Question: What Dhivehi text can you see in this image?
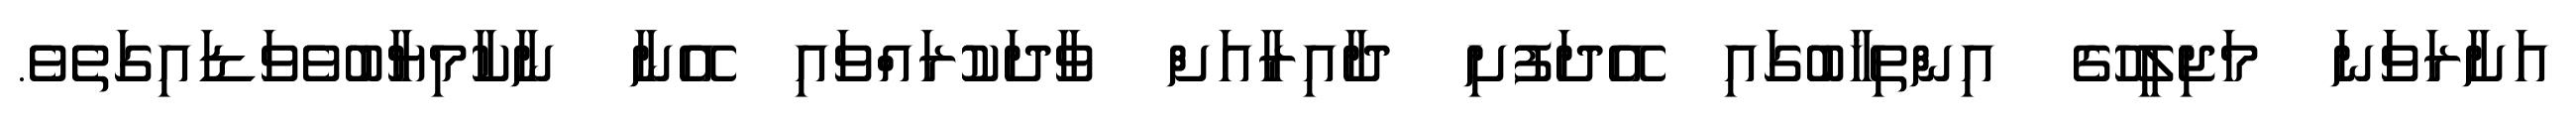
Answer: އަށާރަވަަނަ މަޖިލީހުގެ އިންތިޚާބުގައި އޭދަފުށި ދާއިރާއަށް ވާދަކުރައްވައި އޭނާ ނާކާމިޔާބުވެވަޑައިގަތެވެ.